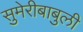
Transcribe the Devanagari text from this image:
सुमेरीबाबुली